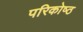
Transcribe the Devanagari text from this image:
परिकोष्‍ठ